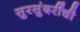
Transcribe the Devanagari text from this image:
सुरसुंदरींची